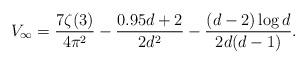
LaTeX: \begin{align*}V_{\infty}=\frac{7\zeta(3)}{4\pi^2} - \frac{0.95 d + 2}{2 d^2} - \frac{(d-2) \log{d}}{2 d (d-1)}.\end{align*}